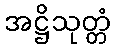
အဋ္ဌိသုတ္တံ